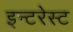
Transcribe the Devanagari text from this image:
इन्टरेस्ट